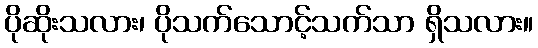
ပိုဆိုးသလား၊ ပိုသက်သောင့်သက်သာ ရှိသလား။